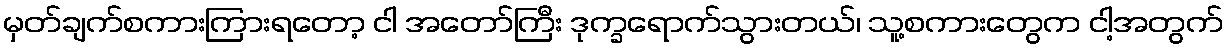
မှတ်ချက်စကားကြားရတော့ ငါ အတော်ကြီး ဒုက္ခရောက်သွားတယ်၊ သူ့စကားတွေက ငါ့အတွက်